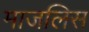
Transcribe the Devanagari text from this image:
माजलिस